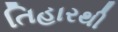
તિહારથી